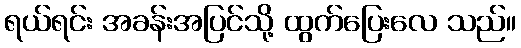
ရယ်ရင်း အခန်းအပြင်သို့ ထွက်ပြေးလေ သည်။